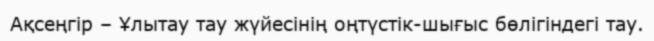
Ақсеңгір – Ұлытау тау жүйесінің оңтүстік-шығыс бөлігіндегі тау.